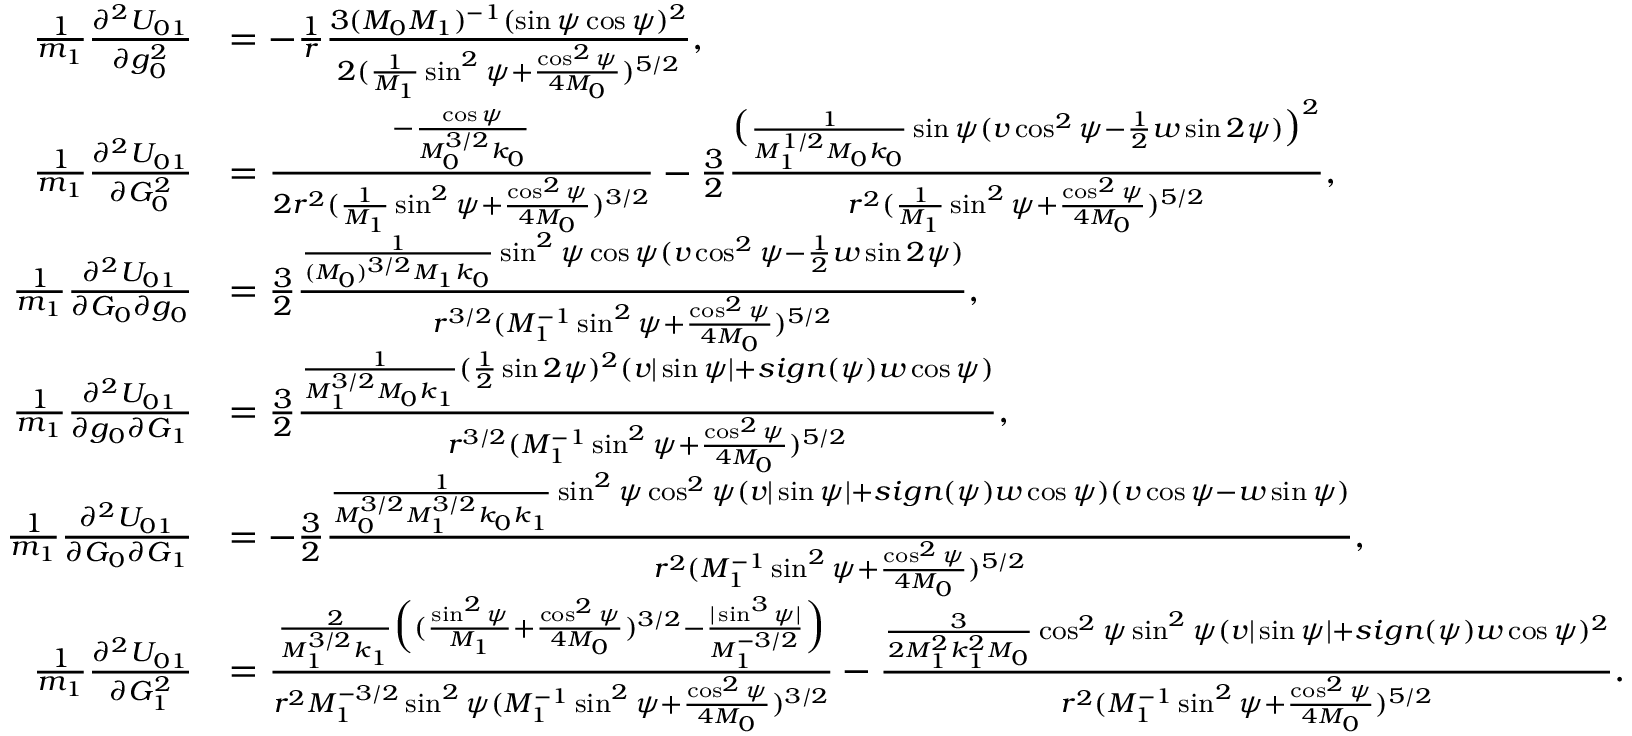
\begin{array} { r l } { \frac { 1 } { m _ { 1 } } \frac { \partial ^ { 2 } U _ { 0 1 } } { \partial g _ { 0 } ^ { 2 } } } & { = - \frac { 1 } { r } \frac { 3 ( M _ { 0 } M _ { 1 } ) ^ { - 1 } ( \sin \psi \cos \psi ) ^ { 2 } } { 2 ( \frac { 1 } { M _ { 1 } } \sin ^ { 2 } \psi + \frac { \cos ^ { 2 } \psi } { 4 M _ { 0 } } ) ^ { 5 / 2 } } , } \\ { \frac { 1 } { m _ { 1 } } \frac { \partial ^ { 2 } U _ { 0 1 } } { \partial G _ { 0 } ^ { 2 } } } & { = \frac { - \frac { \cos \psi } { M _ { 0 } ^ { 3 / 2 } k _ { 0 } } } { 2 r ^ { 2 } ( \frac { 1 } { M _ { 1 } } \sin ^ { 2 } \psi + \frac { \cos ^ { 2 } \psi } { 4 M _ { 0 } } ) ^ { 3 / 2 } } - \frac { 3 } { 2 } \frac { \big ( \frac { 1 } { M _ { 1 } ^ { 1 / 2 } M _ { 0 } k _ { 0 } } \sin \psi ( v \cos ^ { 2 } \psi - \frac { 1 } { 2 } w \sin 2 \psi ) \big ) ^ { 2 } } { r ^ { 2 } ( \frac { 1 } { M _ { 1 } } \sin ^ { 2 } \psi + \frac { \cos ^ { 2 } \psi } { 4 M _ { 0 } } ) ^ { 5 / 2 } } , } \\ { \frac { 1 } { m _ { 1 } } \frac { \partial ^ { 2 } U _ { 0 1 } } { \partial G _ { 0 } \partial g _ { 0 } } } & { = \frac { 3 } { 2 } \frac { \frac { 1 } { ( M _ { 0 } ) ^ { 3 / 2 } M _ { 1 } k _ { 0 } } \sin ^ { 2 } \psi \cos \psi ( v \cos ^ { 2 } \psi - \frac { 1 } { 2 } w \sin 2 \psi ) } { r ^ { 3 / 2 } ( M _ { 1 } ^ { - 1 } \sin ^ { 2 } \psi + \frac { \cos ^ { 2 } \psi } { 4 M _ { 0 } } ) ^ { 5 / 2 } } , } \\ { \frac { 1 } { m _ { 1 } } \frac { \partial ^ { 2 } U _ { 0 1 } } { \partial g _ { 0 } \partial G _ { 1 } } } & { = \frac { 3 } { 2 } \frac { \frac { 1 } { M _ { 1 } ^ { 3 / 2 } M _ { 0 } k _ { 1 } } ( \frac { 1 } { 2 } \sin 2 \psi ) ^ { 2 } ( v | \sin \psi | + s i g n ( \psi ) w \cos \psi ) } { r ^ { 3 / 2 } ( M _ { 1 } ^ { - 1 } \sin ^ { 2 } \psi + \frac { \cos ^ { 2 } \psi } { 4 M _ { 0 } } ) ^ { 5 / 2 } } , } \\ { \frac { 1 } { m _ { 1 } } \frac { \partial ^ { 2 } U _ { 0 1 } } { \partial G _ { 0 } \partial G _ { 1 } } } & { = - \frac { 3 } { 2 } \frac { \frac { 1 } { M _ { 0 } ^ { 3 / 2 } M _ { 1 } ^ { 3 / 2 } k _ { 0 } k _ { 1 } } \sin ^ { 2 } \psi \cos ^ { 2 } \psi ( v | \sin \psi | + s i g n ( \psi ) w \cos \psi ) ( v \cos \psi - w \sin \psi ) } { r ^ { 2 } ( M _ { 1 } ^ { - 1 } \sin ^ { 2 } \psi + \frac { \cos ^ { 2 } \psi } { 4 M _ { 0 } } ) ^ { 5 / 2 } } , } \\ { \frac { 1 } { m _ { 1 } } \frac { \partial ^ { 2 } U _ { 0 1 } } { \partial G _ { 1 } ^ { 2 } } } & { = \frac { \frac { 2 } { M _ { 1 } ^ { 3 / 2 } k _ { 1 } } \Big ( ( \frac { \sin ^ { 2 } \psi } { M _ { 1 } } + \frac { \cos ^ { 2 } \psi } { 4 M _ { 0 } } ) ^ { 3 / 2 } - \frac { | \sin ^ { 3 } \psi | } { M _ { 1 } ^ { - 3 / 2 } } \Big ) } { r ^ { 2 } M _ { 1 } ^ { - 3 / 2 } \sin ^ { 2 } \psi ( M _ { 1 } ^ { - 1 } \sin ^ { 2 } \psi + \frac { \cos ^ { 2 } \psi } { 4 M _ { 0 } } ) ^ { 3 / 2 } } - \frac { \frac { 3 } { 2 M _ { 1 } ^ { 2 } k _ { 1 } ^ { 2 } M _ { 0 } } \cos ^ { 2 } \psi \sin ^ { 2 } \psi ( v | \sin \psi | + s i g n ( \psi ) w \cos \psi ) ^ { 2 } } { r ^ { 2 } ( M _ { 1 } ^ { - 1 } \sin ^ { 2 } \psi + \frac { \cos ^ { 2 } \psi } { 4 M _ { 0 } } ) ^ { 5 / 2 } } . } \end{array}